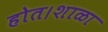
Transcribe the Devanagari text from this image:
होत।शाळा